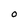
Character: O